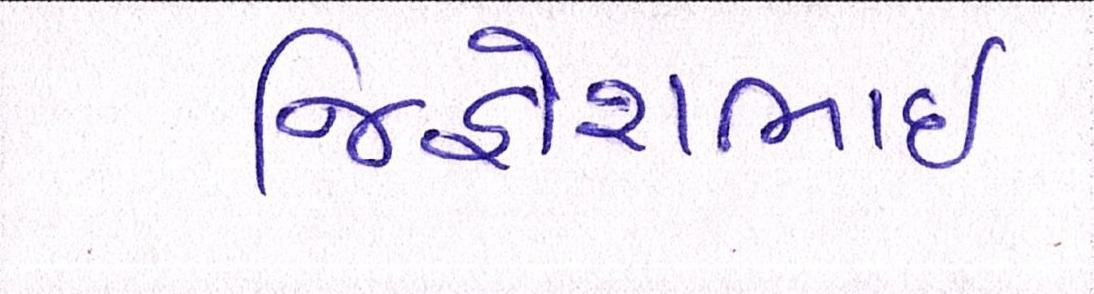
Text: જિજ્ઞેશભાઇ